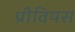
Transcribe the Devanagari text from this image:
प्रीवियस